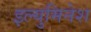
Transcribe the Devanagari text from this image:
इल्युमिनेश